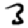
Digit: 3